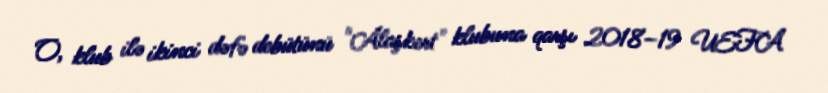
O, klub ilə ikinci dəfə debütünü "Alaşkert" klubuna qarşı 2018–19 UEFA